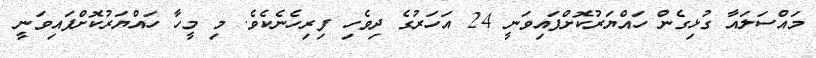
މައްސަލައާ ގުޅިގެން ހައްޔަރުކޮށްފައިވަނީ 24 އަހަރުގެ ދިވެހި ފިރިހެނެކެވެ. މި މީހާ ހައްޔަރުކޮށްފައިވަނީ